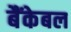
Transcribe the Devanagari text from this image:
बैंकेबल